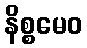
နိစ္စမေဝ